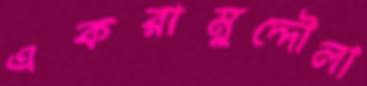
একরামুদ্দৌলা